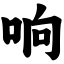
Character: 响